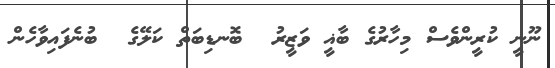
ނޫނީ ކުރީންވެސް މިހާރުގެ ބާޣީ ވަޒީރު  ބޮނޑިބަތް ކަލޭގެ  ބުނެފައިވާހެން